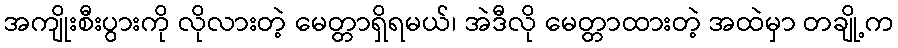
အကျိုးစီးပွားကို လိုလားတဲ့ မေတ္တာရှိရမယ်၊ အဲဒီလို မေတ္တာထားတဲ့ အထဲမှာ တချို့က